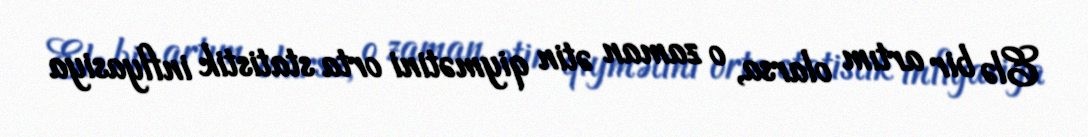
Elə bir artım olarsa, o zaman ətin qiymətini orta statistik inflyasiya